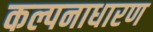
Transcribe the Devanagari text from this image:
कल्पनाधारण